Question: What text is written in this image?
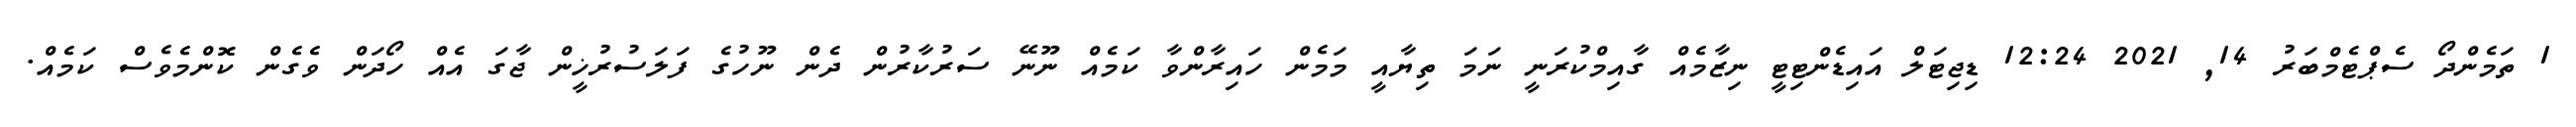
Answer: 1 ތަމެންދޯ ސެޕްޓެމްބަރު 14, 2021 12:24 ޑިޖިޓަލް އައިޑެންޓިޓީ ނިޒާމެއް ގާއިމްކުރަނީ ނަމަ ތިޔާއީ މަމެން ހައިރާންވާ ކަމެއް ނޫނޭ ސަރުކާރުން ދެން ނޫހުގެ ފަލަސުރުޚީން ޖާގަ އެއް ހޯދަން ވެގެން ކޮންމެވެސް ކަމެއް.